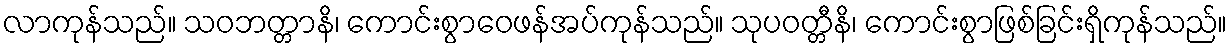
လာကုန်သည်။ သဝဘတ္တာနိ၊ ကောင်းစွာဝေဖန်အပ်ကုန်သည်။ သုပဝတ္တီနိ၊ ကောင်းစွာဖြစ်ခြင်းရှိကုန်သည်။